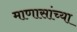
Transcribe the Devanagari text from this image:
माणासांच्या